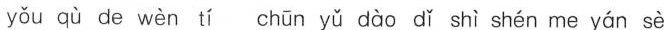
yǒu qù de wèn tí chūn yǔ dào dǐ shì shén me yán sè